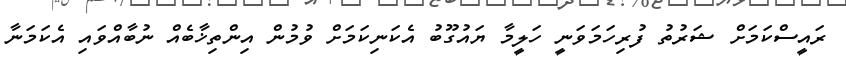
ރައީސްކަމަށް ޝަރުތު ފުރިހަމަވަނީ ހަލީމާ ޔައުގޫބު އެކަނިކަމަށް ވުމުން އިންތިޚާބެއް ނުބާއްވައި އެކަމަނާ